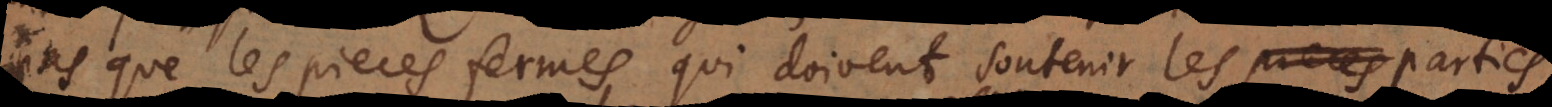
as que les pieces fermes qui doivent soutenir les pieces parties